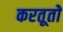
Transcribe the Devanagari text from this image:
करतूतोें